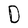
Character: D